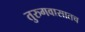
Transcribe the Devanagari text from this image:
तुरुगवासातच